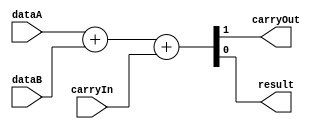
/******************************************************************************
 **                                                                          **
 ** Component : Adder                                                        **
 **                                                                          **
 *****************************************************************************/

module Adder( carryIn, carryOut, dataA, dataB, result );

   // Parameters are declared here
   parameter extendedBits = 1;
   parameter nrOfBits = 1;

   // Validate parameters
   initial begin
      if (nrOfBits <= 0) begin
         $display("Error: nrOfBits must be greater than 0.");
         $finish;
      end
      if (extendedBits <= 0) begin
         $display("Error: extendedBits must be greater than 0.");
         $finish;
      end
   end

   // Inputs using the parameters in their declarations
   input carryIn;
   input [nrOfBits-1:0] dataA;
   input [nrOfBits-1:0] dataB;

   // Outputs using the parameters in their declarations
   output reg carryOut;
   output reg [nrOfBits-1:0] result;

   // Combinational logic for addition
   always @* begin
      {carryOut, result} = dataA + dataB + carryIn;
   end

endmodule